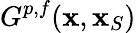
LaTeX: G^{p,f}({\mathbf x},{\mathbf x}_{S})